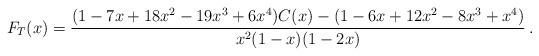
LaTeX: \begin{align*}F_T(x)&=\frac{ (1 - 7 x + 18 x^2 - 19 x^3 + 6 x^4) C(x)- (1 - 6 x + 12 x^2 - 8 x^3 + x^4)}{x^2(1 - x)(1 - 2 x)}\,.\end{align*}